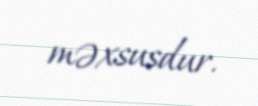
məxsusdur.